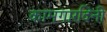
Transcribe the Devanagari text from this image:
कामगारदिनी